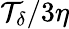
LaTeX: \mathcal{T}_{\delta}/3\eta